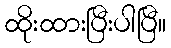
ထိုးထားပြီးပါပြီ။